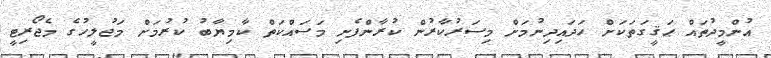
އުންމީދުތައް ޙަޤީގަތަކަށް ހަދައިދިނުމަށް މިސަރުކާރުން ކުރާންފެށި މަސައްކަތް ކާމިޔާބު ކުރުމަށް މަޖުލީހުގެ މެޖޯރިޓީ